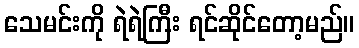
သေမင်းကို ရဲရဲကြီး ရင်ဆိုင်တော့မည်။